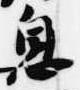
息